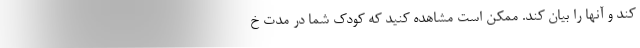
کند و آنها را بیان کند. ممکن است مشاهده کنید که کودک شما در مدت خ